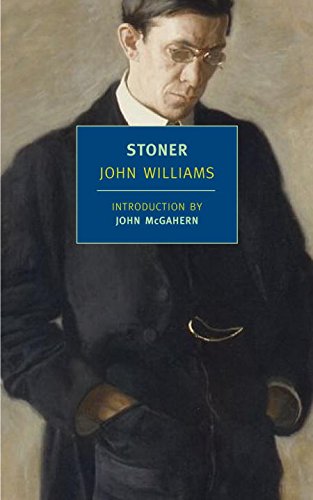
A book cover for Stoner (New York Review Books Classics); John Williams; Mystery, Thriller & Suspense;